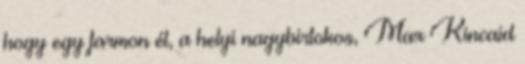
hogy egy farmon él, a helyi nagybirtokos, Max Kincaid